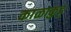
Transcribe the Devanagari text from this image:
काळाकुट्ट